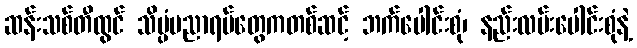
ဆန်းသစ်တီထွင် သိပ္ပံပညာရပ်တွေကတစ်ဆင့် ဘက်ပေါင်းစုံ၊ နည်းလမ်းပေါင်းစုံနဲ့